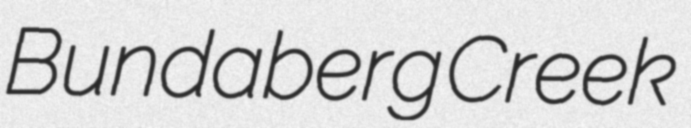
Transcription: Bundaberg Creek